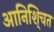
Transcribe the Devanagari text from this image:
आनिशि्चत